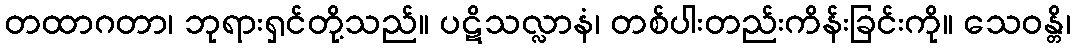
တထာဂတာ၊ ဘုရားရှင်တို့သည်။ ပဋိသလ္လာနံ၊ တစ်ပါးတည်းကိန်းခြင်းကို။ သေဝန္တိ၊